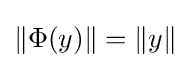
\|\Phi (y)\|=\|y\|